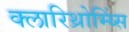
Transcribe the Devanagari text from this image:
क्लारिथ्रोम्य्सिं